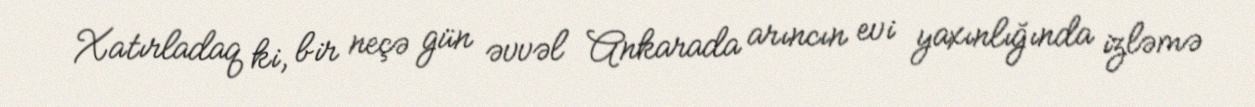
Xatırladaq ki, bir neçə gün əvvəl Ankarada arıncın evi yaxınlığında izləmə